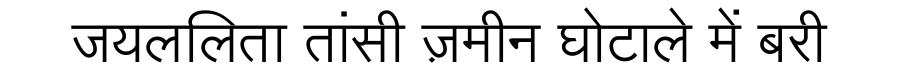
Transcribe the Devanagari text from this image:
जयललिता तांसी ज़मीन घोटाले में बरी